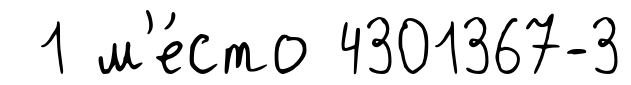
1 м'е́сто 4301367-3